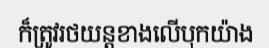
ក៏ត្រូវរថយន្តខាងលើបុកយ៉ាង